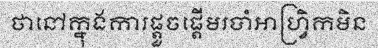
ថានៅក្នុងការផ្តួចផ្តើមរបាំអាហ្វ្រិកមិន